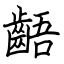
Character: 齬